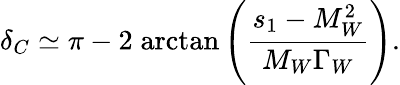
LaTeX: \delta_{C}\simeq\pi-2\; \mathrm{arctan}\left({\frac{s_{1}-M_{W}^{2}}{M_{W}\Gamma_{W}}}\right).